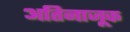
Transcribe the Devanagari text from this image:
अतिनाजूक